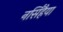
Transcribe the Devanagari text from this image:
नर्सिंहैया